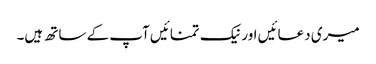
میری دعائیں اور نیک تمنائیں آپ کے ساتھ ہیں۔